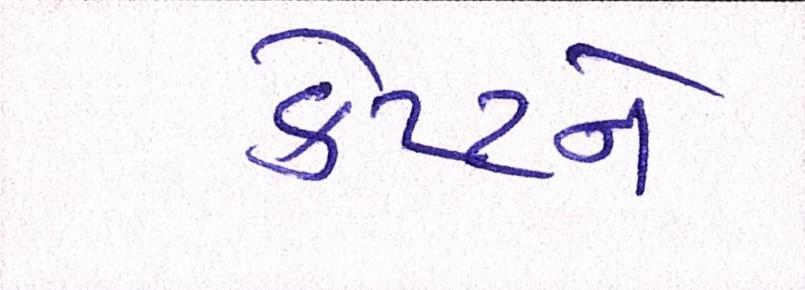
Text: કેપ્ટને